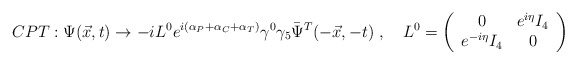
\begin{align*}CPT:\Psi(\vec{x},t)\rightarrow-iL^0e^{i(\alpha_P+\alpha_C+\alpha_T)}\gamma^0\gamma_5\bar{\Psi}^T(-\vec{x},-t)~,~~~L^0=\left(\begin{array}{cc}0&e^{i\eta}I_4\\e^{-i\eta}I_4&0\end{array}\right)\end{align*}